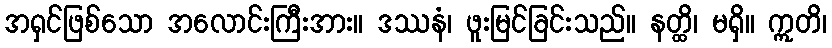
အရှင်ဖြစ်သော အလောင်းကြီးအား။ ဒဿနံ၊ ဖူးမြင်ခြင်းသည်။ နတ္ထိ၊ မရှိ။ ဣတိ၊